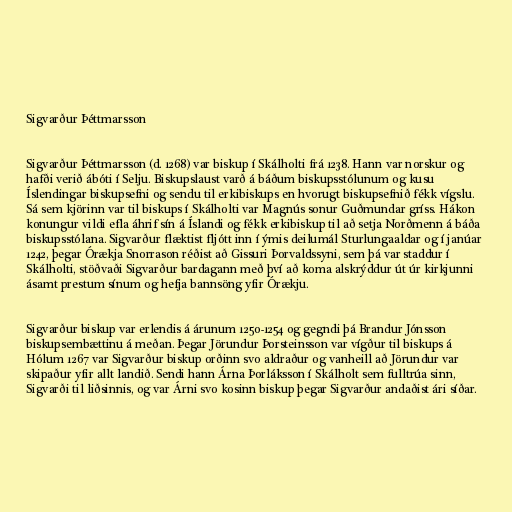
Sigvarður Þéttmarsson

Sigvarður Þéttmarsson (d. 1268) var biskup í Skálholti frá 1238. Hann var norskur og
hafði verið ábóti í Selju. Biskupslaust varð á báðum biskupsstólunum og kusu
Íslendingar biskupsefni og sendu til erkibiskups en hvorugt biskupsefnið fékk vígslu.
Sá sem kjörinn var til biskups í Skálholti var Magnús sonur Guðmundar gríss. Hákon
konungur vildi efla áhrif sín á Íslandi og fékk erkibiskup til að setja Norðmenn á báða
biskupsstólana. Sigvarður flæktist fljótt inn í ýmis deilumál Sturlungaaldar og í janúar
1242, þegar Órækja Snorrason réðist að Gissuri Þorvaldssyni, sem þá var staddur í
Skálholti, stöðvaði Sigvarður bardagann með því að koma alskrýddur út úr kirkjunni
ásamt prestum sínum og hefja bannsöng yfir Órækju.

Sigvarður biskup var erlendis á árunum 1250-1254 og gegndi þá Brandur Jónsson
biskupsembættinu á meðan. Þegar Jörundur Þorsteinsson var vígður til biskups á
Hólum 1267 var Sigvarður biskup orðinn svo aldraður og vanheill að Jörundur var
skipaður yfir allt landið. Sendi hann Árna Þorláksson í Skálholt sem fulltrúa sinn,
Sigvarði til liðsinnis, og var Árni svo kosinn biskup þegar Sigvarður andaðist ári síðar.